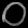
Digit: ၀